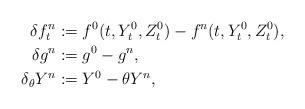
LaTeX: \begin{align*}\delta f_t^n &: = f^0(t, Y_t^0, Z_t^0) - f^n (t, Y_t^0, Z_t^0),\\\delta g^n &: = g^0- g^n,\\ \delta_\theta Y^n &: = Y^0- \theta Y^n, \end{align*}